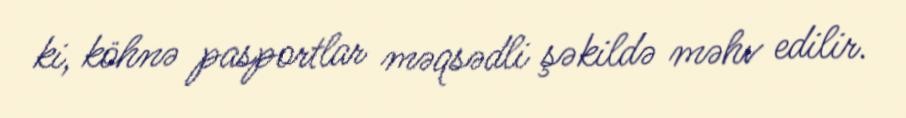
ki, köhnə pasportlar məqsədli şəkildə məhv edilir.